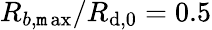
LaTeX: R_{b,\operatorname*{\mathtt{m}ax}}/R_{\mathrm{d},0}=0.5